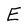
Character: E